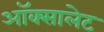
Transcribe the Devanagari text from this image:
ऑक्सालेट